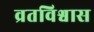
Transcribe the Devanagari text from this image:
व्रतविश्वास